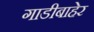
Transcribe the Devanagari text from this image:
गाडीबाहेर